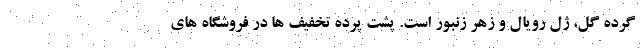
گرده گل، ژل رویال و زهر زنبور است. پشت پرده تخفیف ها در فروشگاه های